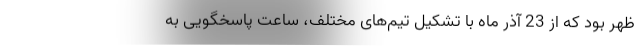
ظهر بود که از 23 آذر ماه با تشکیل تیم‌های مختلف، ساعت پاسخگویی به